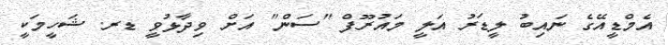
އެމްޑީއޭގެ ނައިބު ލީޑަރު އަލީ މައުރޫފް "ސަން" އަށް ވިދާޅުވީ ޑރ. ޝަހީމަކީ